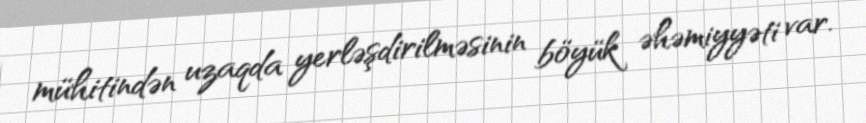
mühitindən uzaqda yerləşdirilməsinin böyük əhəmiyyəti var.